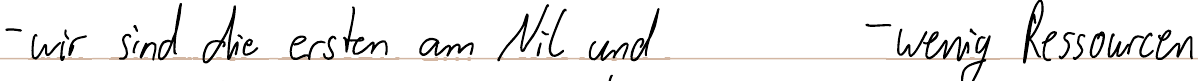
- wir sind die erstem am Nil und    - wenig Ressourcen